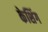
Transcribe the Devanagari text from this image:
केशिंग